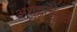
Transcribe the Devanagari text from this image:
अशुद्धतेमुळे